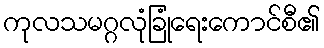
ကုလသမဂ္ဂလုံခြုံရေးကောင်စီ၏